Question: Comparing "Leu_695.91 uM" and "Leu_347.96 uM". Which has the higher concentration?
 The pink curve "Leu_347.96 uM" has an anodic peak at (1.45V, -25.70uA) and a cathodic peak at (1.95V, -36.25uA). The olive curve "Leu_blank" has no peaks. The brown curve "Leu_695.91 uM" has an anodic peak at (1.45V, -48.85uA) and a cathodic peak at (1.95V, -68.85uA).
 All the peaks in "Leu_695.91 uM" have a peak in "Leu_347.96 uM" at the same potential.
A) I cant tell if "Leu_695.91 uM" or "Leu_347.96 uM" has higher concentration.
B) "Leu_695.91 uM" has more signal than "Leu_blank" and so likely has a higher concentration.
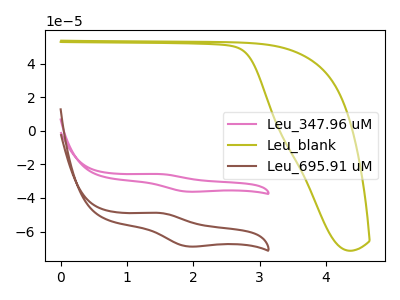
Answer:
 <answer>A) I cant tell if "Leu_695.91 uM" or "Leu_347.96 uM" has higher concentration.</answer>
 <eval>A</eval>